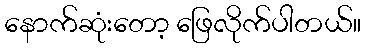
နောက်ဆုံးတော့ ဖြေလိုက်ပါတယ်။